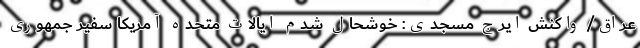
عراق/ واکنش ایرج مسجدی: خوشحال شدم ایالات متحده آمریکا سفیر جمهوری